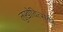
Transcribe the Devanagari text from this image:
लुखोवित्सकी